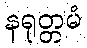
နရုတ္တမံ